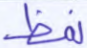
نمظ